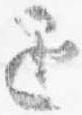
退